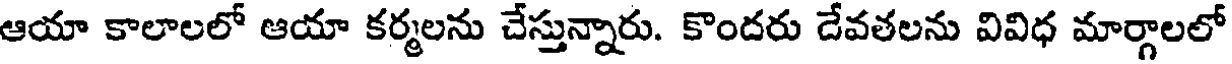
ఆయా కాలాలలో ఆయా కర్మలను చేస్తున్నారు. కొందరు దేవతలను వివిధ మార్గాలలో